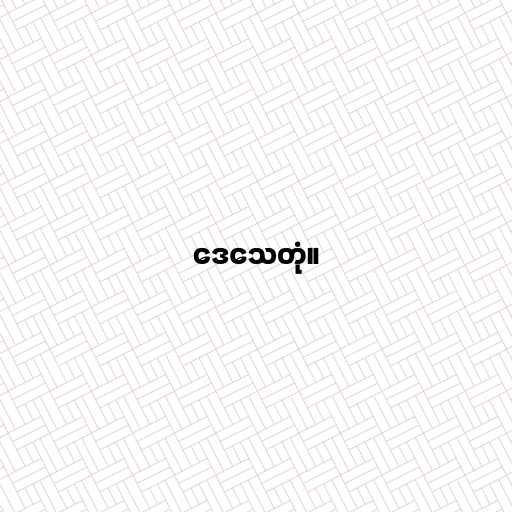
ဒေသေတုံ။